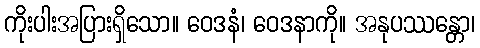
ကိုးပါးအပြားရှိသော။ ဝေဒနံ၊ ဝေဒနာကို။ အနုပဿန္တော၊